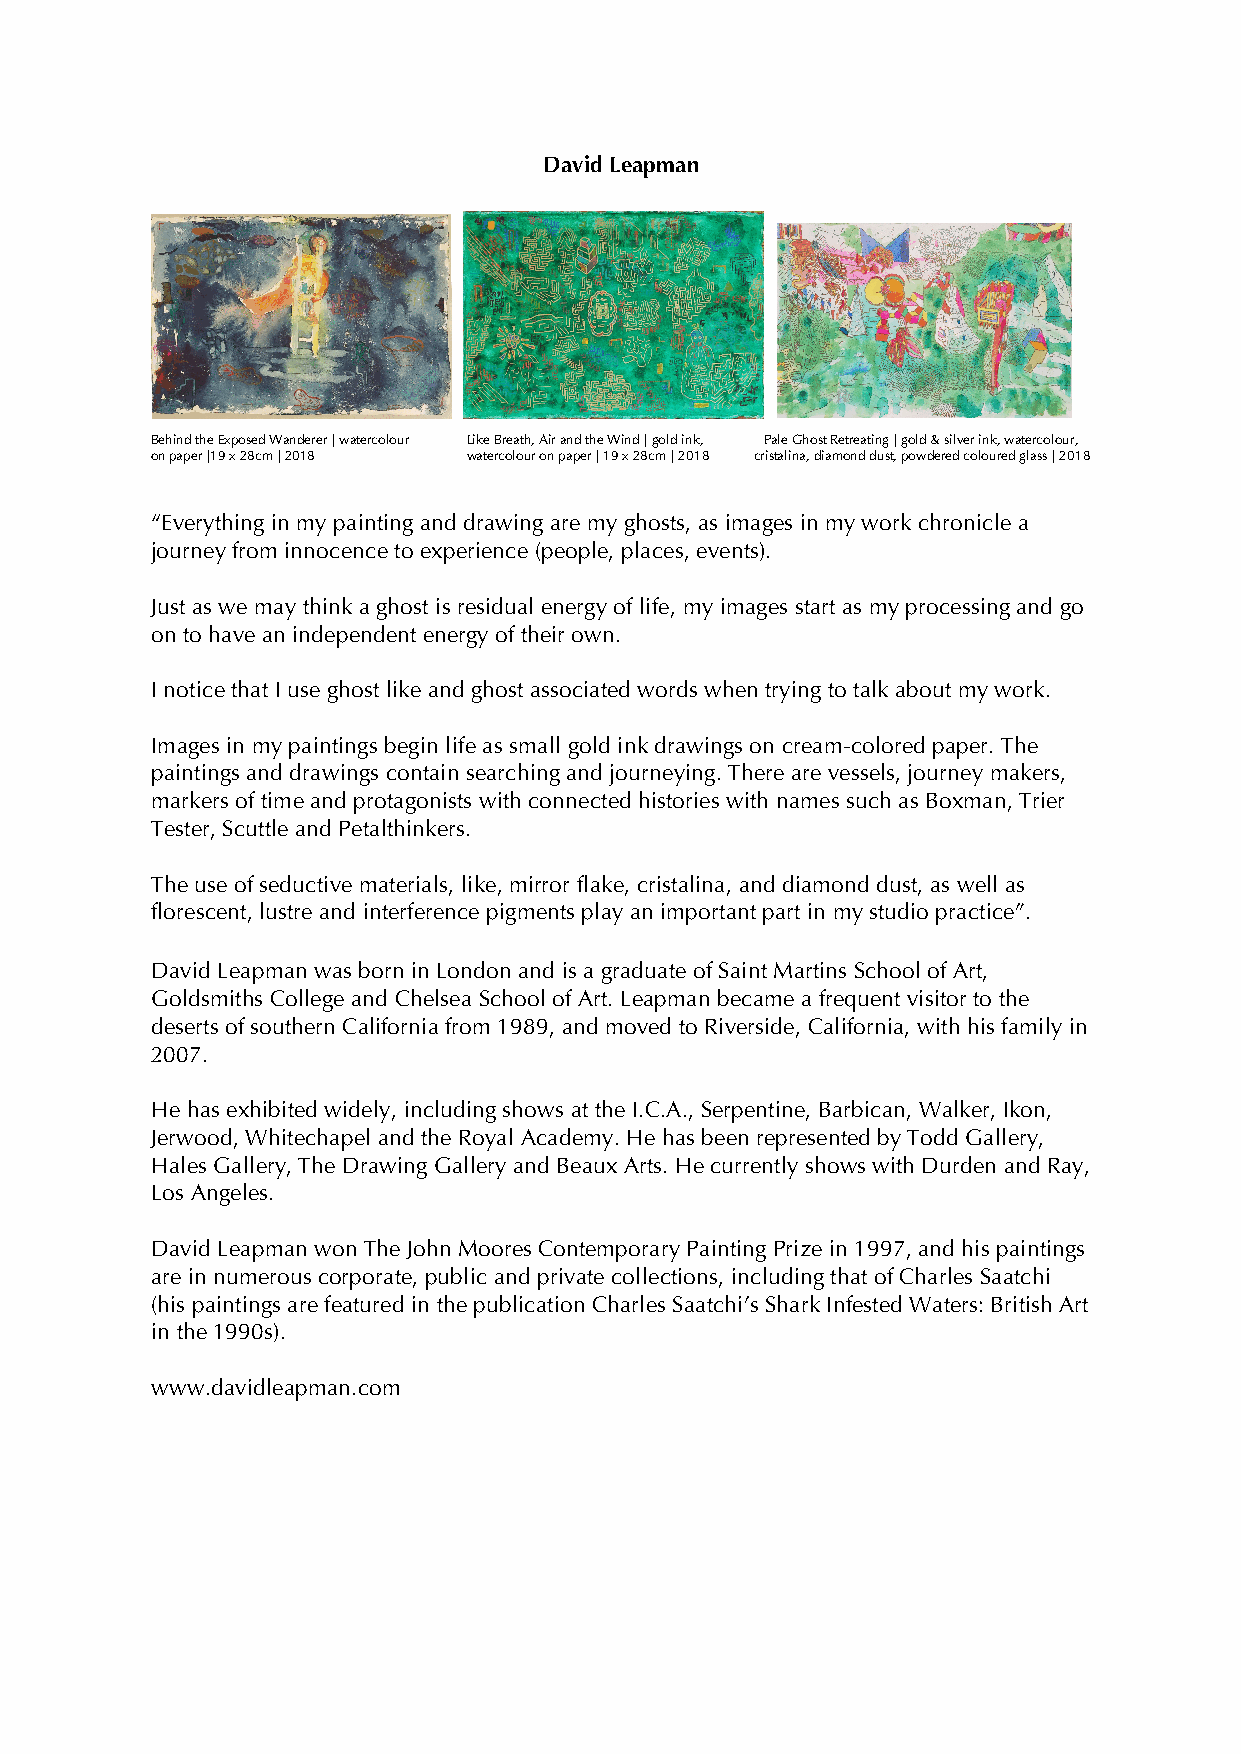
David Leapman
 Behind the Exposed Wanderer | watercolour Like Breath, Air and the Wind | gold ink, Pale Ghost Retreating | gold & silver ink, watercolour,
 on paper |19 x 28cm | 2018 watercolour on paper | 19 x 28cm | 2018 cristalina, diamond dust, powdered coloured glass | 2018
 “Everything in my painting and drawing are my ghosts, as images in my work chronicle a
 journey from innocence to experience (people, places, events).
 Just as we may think a ghost is residual energy of life, my images start as my processing and go
 on to have an independent energy of their own.
 I notice that I use ghost like and ghost associated words when trying to talk about my work.
 Images in my paintings begin life as small gold ink drawings on cream-colored paper. The
 paintings and drawings contain searching and journeying. There are vessels, journey makers,
 markers of time and protagonists with connected histories with names such as Boxman, Trier
 Tester, Scuttle and Petalthinkers.
 The use of seductive materials, like, mirror flake, cristalina, and diamond dust, as well as
 florescent, lustre and interference pigments play an important part in my studio practice”.
 David Leapman was born in London and is a graduate of Saint Martins School of Art,
 Goldsmiths College and Chelsea School of Art. Leapman became a frequent visitor to the
 deserts of southern California from 1989, and moved to Riverside, California, with his family in
 2007.
 He has exhibited widely, including shows at the I.C.A., Serpentine, Barbican, Walker, Ikon,
 Jerwood, Whitechapel and the Royal Academy. He has been represented by Todd Gallery,
 Hales Gallery, The Drawing Gallery and Beaux Arts. He currently shows with Durden and Ray,
 Los Angeles.
 David Leapman won The John Moores Contemporary Painting Prize in 1997, and his paintings
 are in numerous corporate, public and private collections, including that of Charles Saatchi
 (his paintings are featured in the publication Charles Saatchi’s Shark Infested Waters: British Art
 in the 1990s).
 www.davidleapman.com